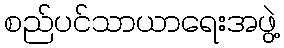
စည်ပင်သာယာရေးအဖွဲ့